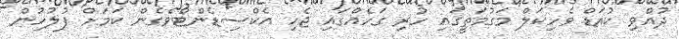
ދުއްވި ކުއަޑް ވެހިކަލް މަގުމަތީގައި ހުރި ގަހެއްގައި ޖެހި އެކްސިޑެންޓްވެގެން ކަމަށް ފުލުހުން